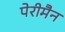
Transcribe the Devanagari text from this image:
पेरीमैन